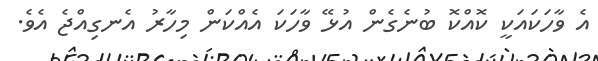
އެ ވާހަކައަކީ ކޮއްކޮ ބުނެގެން އުޅޭ ވާހަކަ އެއްކަން މިހާރު އެނގިއްޖެ އެވެ.